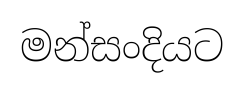
මන්සංදියට